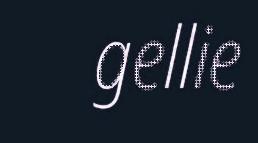
gellie